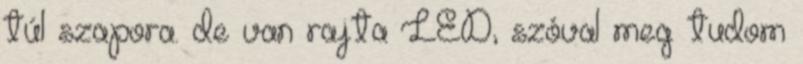
túl szapora. de van rajta LED, szóval meg tudom